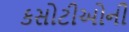
કસોટીઓની